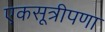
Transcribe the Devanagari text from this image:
एकसूत्रीपणा